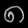
Digit: ၈